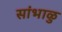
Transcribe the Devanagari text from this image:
सांभाळु